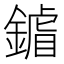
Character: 𨫶